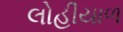
લોહીયાળ